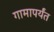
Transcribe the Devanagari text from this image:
गामापर्यंत